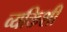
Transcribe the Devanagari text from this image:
व्यक्तिशी